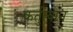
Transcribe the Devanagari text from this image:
कर्तुत्वान